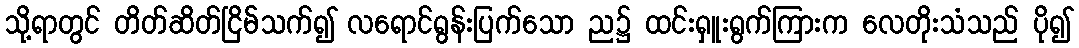
သို့ရာတွင် တိတ်ဆိတ်ငြိမ်သက်၍ လရောင်ရွန်းပြက်သော ည၌ ထင်းရှူးရွက်ကြားက လေတိုးသံသည် ပို၍